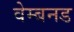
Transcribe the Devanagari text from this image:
वेम्बनड